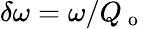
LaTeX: \delta\omega=\omega/Q_{\mathrm{~o~}}